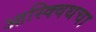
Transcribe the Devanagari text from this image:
आस्क्विथचा